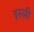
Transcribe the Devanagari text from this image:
इस्ञी